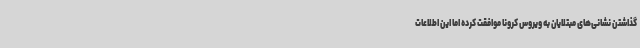
گذاشتن نشانی‌های مبتلایان به ویروس کرونا موافقت کرده اما این اطلاعات